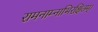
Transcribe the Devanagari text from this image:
रामनाम्नाभिरक्षितम्‌।